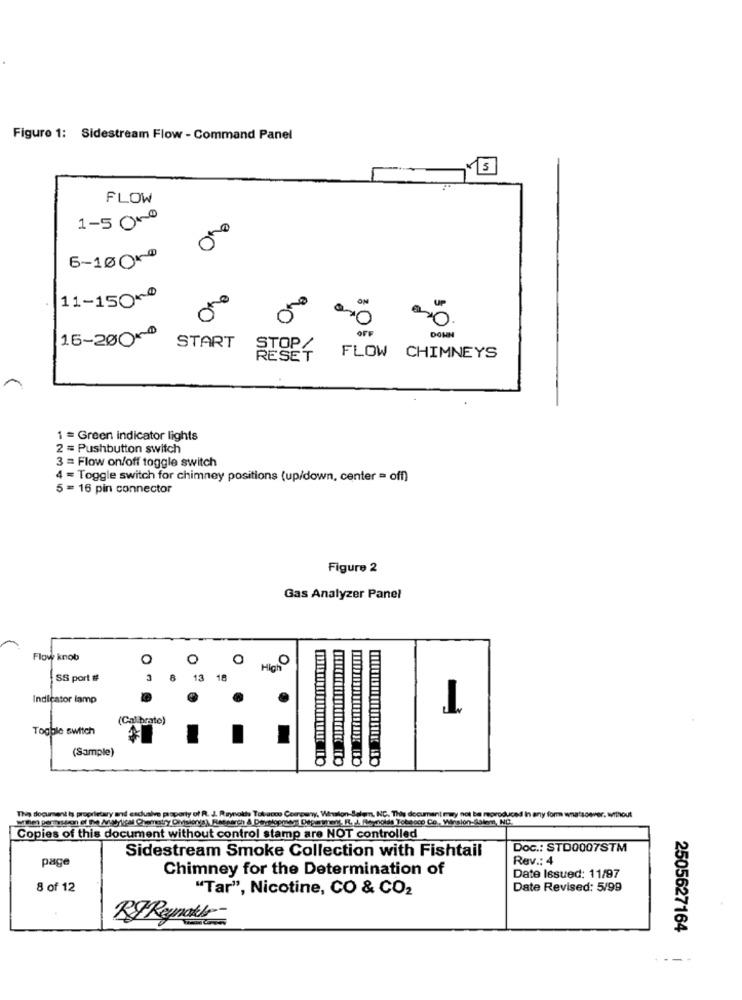
Figure 1: Sidestream Flow - Command Panel
15
FLOW
1-5 On
2,0
6-10000
11-15000
40
90
ON
UP
OFF
15-20000
DOWN
START
STOP/
RESET
FLOW CHIMNEYS
1 = Green indicator lights
2 = Pushbutton switch
3 = Flow on/off toggle switch
4 = Toggle switch for chimney positions (up/down, center = off)
5 = 16 pin connector
Figure 2
Gas Analyzer Panel
Flow knob
0
O
O
High
T
SS port #
3
8
13 18
Indicator lamp
(Cal brato)
Toggle switch
(Sample)
They document is prep
y and esdualve property of R. J. Reynolds Tabacos Company, Whation-Salon, NC. This document may not be reproduced In any form whatsoever. without
Copies of this document without control stamp are NOT controlled
Sidestream Smoke Collection with Fishtail
Doc .: STO0007STM
page
Rev .: 4
Chimney for the Determination of
Date Issued: 11/97
8 of 12
"Tar", Nicotine, CO & CO2
Date Revised: 5/99
BJ Rynakke-
2505627164
--